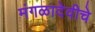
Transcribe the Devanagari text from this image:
मंगळादेवीचे